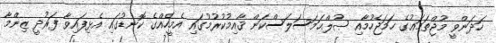
ހަދަންވީ މުޖްތަމަޢުގެ ހަމަޖެހުމާއި ޞުލްޙަމަސަލަސްކަން ޤާއިމުކުރުމުގައި އެމީހެއްގެ ކޮނޑުގައި އެޅިފައިވާ ފަރުދީ ޒިންމާ